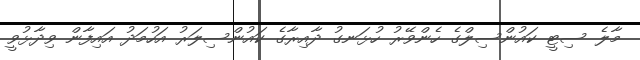
މާލެ ސިޓީ ކައުންސިލްގެ ހެންވޭރު ހުޅަނގު ދާއިރާގެ ކައުންސިލަރު އަހުމަދު އައިފާން ވިދާޅުވީ